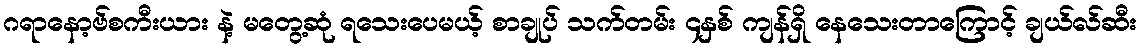
ဂရာနော့ဗ်စကီးယား နဲ့ မတွေ့ဆုံ ရသေးပေမယ့် စာချုပ် သက်တမ်း ၄နှစ် ကျန်ရှိ နေသေးတာကြောင့် ချယ်လ်ဆီး